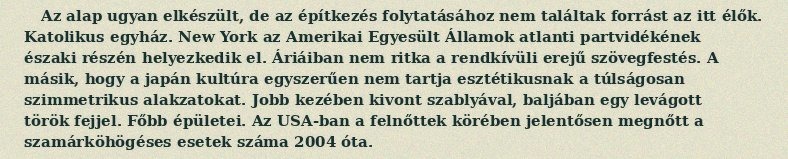
Az alap ugyan elkészült, de az építkezés folytatásához nem találtak forrást az itt élők. Katolikus egyház. New York az Amerikai Egyesült Államok atlanti partvidékének északi részén helyezkedik el. Áriáiban nem ritka a rendkívüli erejű szövegfestés. A másik, hogy a japán kultúra egyszerűen nem tartja esztétikusnak a túlságosan szimmetrikus alakzatokat. Jobb kezében kivont szablyával, baljában egy levágott török fejjel. Főbb épületei. Az USA-ban a felnőttek körében jelentősen megnőtt a szamárköhögéses esetek száma 2004 óta.